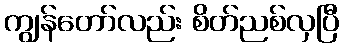
ကျွန်တော်လည်း စိတ်ညစ်လှပြီ